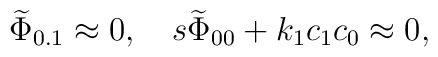
{\widetilde\Phi}_{0.1}\approx 0,\quad s{\widetilde\Phi}_{00}+k_1c_1c_0\approx 0,